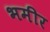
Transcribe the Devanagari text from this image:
भमीर